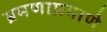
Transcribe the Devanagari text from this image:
भ्रमणाप्रमाणे